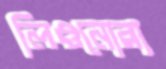
লিওনোরা